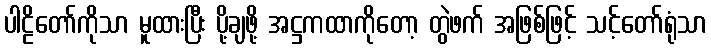
ပါဠိတော်ကိုသာ မူထားပြီး ပို့ချဖို့ အဋ္ဌကထာကိုတော့ တွဲဖက် အဖြစ်ဖြင့် သင့်တော်ရုံသာ